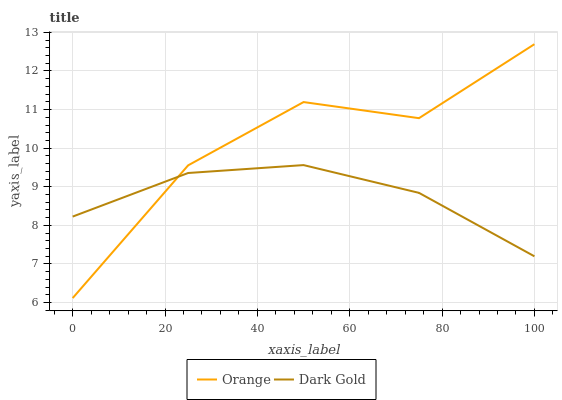
| xaxis_label | Orange | Dark Gold |
 | --- | --- | --- |
 | 0 | 6.12 | 8.23 |
 | 25 | 9.55 | 9.36 |
 | 50 | 11.2 | 9.56 |
 | 75 | 10.8 | 8.84 |
 | 100 | 12.7 | 7.2 |